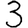
Digit: 3